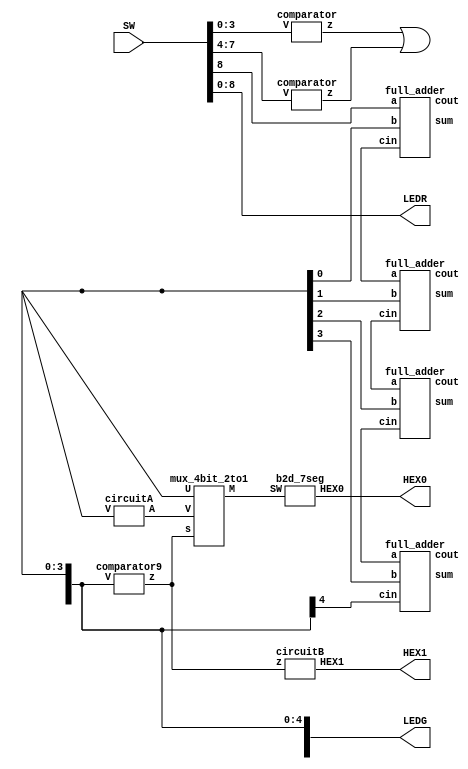
module part4 (SW, LEDG, LEDR, HEX1, HEX0);
	input [17:0] SW;
	output [8:0] LEDR, LEDG;
	output [0:6] HEX1, HEX0;

	assign LEDR[8:0] = SW[8:0];

	wire e1, e2;

	comparator C0 (SW[3:0], e1);
	comparator C1 (SW[7:4], e2);

	assign LEDG[8] = e1 | e2;

	wire c1, c2, c3;
	wire [4:0] S;

	full_adder FA0(SW[0], SW[4], SW[8], LEDG[0], c1);
	full_adder FA1(SW[1], SW[5], c1, LEDG[1], c2);
	full_adder FA2(SW[2], SW[6], c2, LEDG[2], c3);
	full_adder FA3(SW[3], SW[7], c3, LEDG[3], LEDG[4]);
  
	assign LEDG[4:0] = S[4:0];

	wire z;
	wire [3:0] A, M;

	comparator9 C2 (S[4:0], z);
	circuitA AA (S[3:0], A);
	mux_4bit_2to1 M0 (z, S[3:0], A, M);
	circuitB BB (z, HEX1);
	b2d_7seg S0 (M, HEX0);

endmodule

module full_adder(sum,cout,a,b,cin);
	output sum, cout;
	input a,b,cin;
	assign sum = a^b^cin;
	assign cout = (a&b)|(cin&(a|b));
	
endmodule

module b2d_7seg (SW, HEX0);
	input [3:0] SW;
	output [0:6] HEX0;

	assign HEX0[0]=(~SW[3] & ~SW[2] & ~SW[1] &  SW[0])|(~SW[3] &  SW[2] & ~SW[1] & ~SW[0]);
	assign HEX0[1]=(~SW[3] &  SW[2] & ~SW[1] &  SW[0])|(~SW[3] &  SW[2] &  SW[1] & ~SW[0]);
	assign HEX0[2]=(~SW[3] & ~SW[2] &  SW[1] & ~SW[0]);
	assign HEX0[3]=(~SW[3] & ~SW[2] & ~SW[1] &  SW[0])|(~SW[3] &  SW[2] & ~SW[1] & ~SW[0])|
						(~SW[3] &  SW[2] & SW[1] & SW[0])|(SW[3] & ~SW[2] & ~SW[1] & SW[0]);
	assign HEX0[4]=~((~SW[2] & ~SW[0]) | (SW[1] & ~SW[0]));
	assign HEX0[5]=(~SW[3] & ~SW[2] & ~SW[1] &  SW[0])|(~SW[3] & ~SW[2] &  SW[1] & ~SW[0])|
						(~SW[3] & ~SW[2] & SW[1] & SW[0])|(~SW[3] & SW[2] & SW[1] & SW[0]);
	assign HEX0[6]=(~SW[3] & ~SW[2] & ~SW[1] &  SW[0])|(~SW[3] & ~SW[2] & ~SW[1] & ~SW[0])|
						(~SW[3] &  SW[2] & SW[1] & SW[0]);
endmodule

module comparator (V, z);
	input [3:0] V;
	output z;

	assign z = (V[3] & (V[2] | V[1]));
endmodule

module comparator9 (V, z);
	input [4:0] V;
	output z;

	assign z = V[4] | ((V[3] & V[2]) | (V[3] & V[1]));
endmodule

module circuitA (V, A);
	input [3:0] V;
	output [3:0] A;

	assign A[0] = V[0];
	assign A[1] = ~V[1];
	assign A[2] = (~V[3] & ~V[1]) | (V[2] & V[1]);
	assign A[3] = (~V[3] & V[1]);
endmodule

module circuitB (z, HEX1);
	input z;
	output [0:6] HEX1;

	assign HEX1[0] = z;
	assign HEX1[1:2] = 2'b00;
	assign HEX1[3:5] = {3{z}};
	assign HEX1[6] = 1;
endmodule

module mux_4bit_2to1 (s, U, V, M);

	input s;
	input [3:0] U, V;
	output [3:0] M;

	assign M = ({4{~s}} & U) | ({4{s}} & V);
endmodule